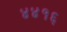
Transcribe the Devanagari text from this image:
४४१६